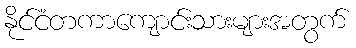
နိုင်ငံတကာကျောင်းသားများအတွက်